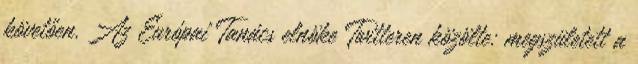
követően. Az Európai Tanács elnöke Twitteren közölte: megszületett a